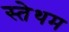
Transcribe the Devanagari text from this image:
स्तेथम